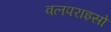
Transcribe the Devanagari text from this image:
वलपराइसो